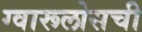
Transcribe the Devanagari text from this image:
ग्वारूलोसची